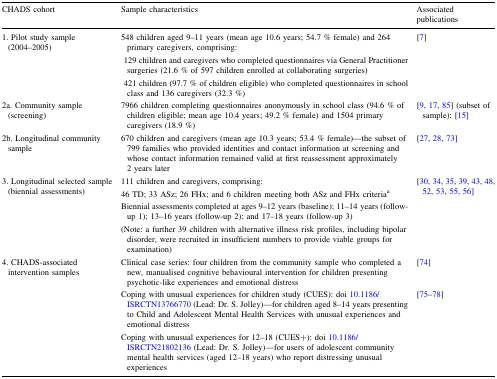
<table><thead><tr><td><b>CHADS cohort</b></td><td><b>Sample characteristics</b></td><td><b>Associated publications</b></td></tr></thead><tbody><tr><td>1. Pilot study sample (2004–2005)</td><td>548 children aged 9–11 years (mean age 10.6 years; 54.7 % female) and 264 primary caregivers, comprising: 129 children and caregivers who completed questionnaires via General Practitioner surgeries (21.6 % of 597 children enrolled at collaborating surgeries) 421 children (97.7 % of children eligible) who completed questionnaires in school class and 136 caregivers (32.3 %)</td><td>[7]</td></tr><tr><td>2a. Community sample (screening)</td><td>7966 children completing questionnaires anonymously in school class (94.6 % of children eligible; mean age 10.4 years; 49.2 % female) and 1504 primary caregivers (18.9 %)</td><td>[9, 17, 85] (subset of sample); [15]</td></tr><tr><td>2b. Longitudinal community sample</td><td>670 children and caregivers (mean age 10.3 years; 53.4 % female)—the subset of 799 families who provided identities and contact information at screening and whose contact information remained valid at first reassessment approximately 2 years later</td><td>[27, 28, 73]</td></tr><tr><td>3. Longitudinal selected sample (biennial assessments)</td><td>111 children and caregivers, comprising:46 TD; 33 ASz; 26 FHx; and 6 children meeting both ASz and FHx criteria<sup>a</sup>Biennial assessments completed at ages 9–12 years (baseline); 11–14 years (follow-up 1); 13–16 years (follow-up 2); and 17–18 years (follow-up 3)(Note: a further 39 children with alternative illness risk profiles, including bipolar disorder, were recruited in insufficient numbers to provide viable groups for examination)</td><td>[30, 34, 35, 39, 43, 48, 52, 53, 55, 56]</td></tr><tr><td rowspan="3">4. CHADS-associated intervention samples</td><td>Clinical case series: four children from the community sample who completed a new, manualised cognitive behavioural intervention for children presenting psychotic-like experiences and emotional distress</td><td>[74]</td></tr><tr><td>Coping with unusual experiences for children study (CUES): doi 10.1186/ISRCTN13766770 (Lead: Dr. S. Jolley)—for children aged 8–14 years presenting to Child and Adolescent Mental Health Services with unusual experiences and emotional distress</td><td>[75–78]</td></tr><tr><td>Coping with unusual experiences for 12–18 (CUES+): doi 10.1186/ISRCTN21802136 (Lead: Dr. S. Jolley)—for users of adolescent community mental health services (aged 12–18 years) who report distressing unusual experiences</td><td></td></tr></tbody></table>